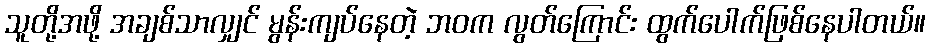
သူတို့အဖို့ အချစ်သာလျှင် မွန်းကျပ်နေတဲ့ ဘဝက လွတ်ကြောင်း ထွက်ပေါက်ဖြစ်နေပါတယ်။